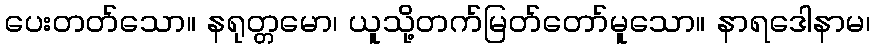
ပေးတတ်သော။ နရုတ္တမော၊ ယူသို့တက်မြတ်တော်မူသော။ နာရဒေါနာမ၊